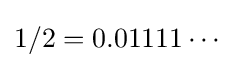
1/2=0.01111\cdots